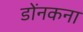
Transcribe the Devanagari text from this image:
डोंनकना